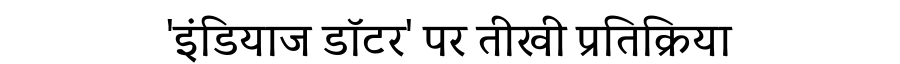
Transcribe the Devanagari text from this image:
'इंडियाज डॉटर' पर तीखी प्रतिक्रिया